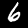
Label: 6